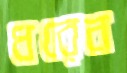
ধরেন